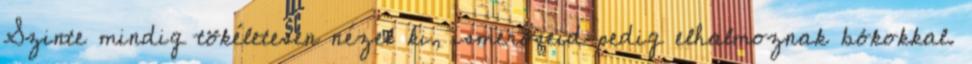
Szinte mindig tökéletesen nézel ki, ismerőseid pedig elhalmoznak bókokkal.